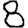
Digit: 8